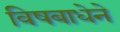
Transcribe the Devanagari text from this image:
विषबाधेने